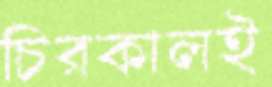
চিরকালই